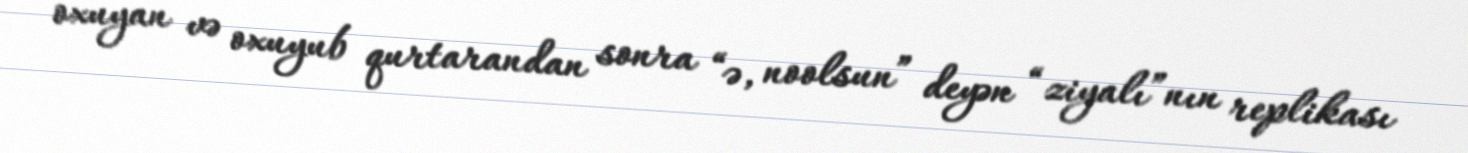
oxuyan və oxuyub qurtarandan sonra “ə, noolsun” deyən “ziyalı”nın replikası